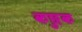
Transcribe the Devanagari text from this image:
कछुक